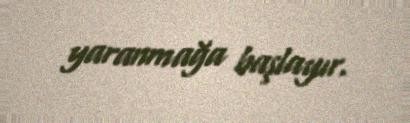
yaranmağa başlayır.